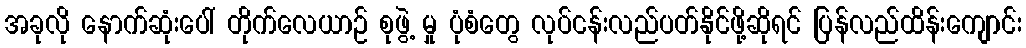
အခုလို နောက်ဆုံးပေါ် တိုက်လေယာဉ် စုဖွဲ့ မှု ပုံစံတွေ လုပ်ငန်းလည်ပတ်နိုင်ဖို့ဆိုရင် ပြန်လည်ထိန်းကျောင်း